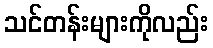
သင်တန်းများကိုလည်း